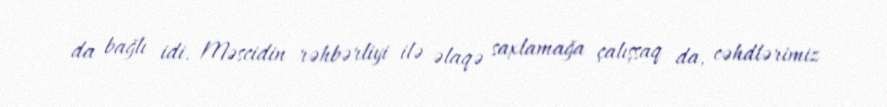
da bağlı idi. Məscidin rəhbərliyi ilə əlaqə saxlamağa çalışsaq da, cəhdlərimiz